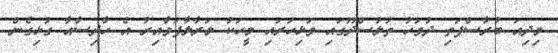
މިދިއަ ބުރާސްފަތި ދުވަހު ތުލުސްދޫގައި ވަޅިހަރައި މީހަކު މަރާލާފަވާއިރު އެ ހާދިސާއާ ގުޅިގެން